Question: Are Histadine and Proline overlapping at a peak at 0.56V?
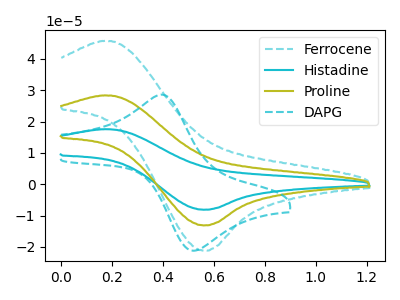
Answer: <think>The cyan dashed curve "Ferrocene" has an anodic peak at (0.15V, 45.80uA) and a cathodic peak at (0.55V, -21.20uA). The cyan curve "Histadine" has an anodic peak at (0.15V, 56.75uA) and a cathodic peak at (0.55V, -26.30uA). The olive curve "Proline" has an anodic peak at (0.15V, 28.40uA) and a cathodic peak at (0.55V, -13.15uA). The cyan dashed curve "DAPG" has an anodic peak at (0.40V, 28.60uA) and a cathodic peak at (0.55V, -21.10uA).</think>
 <answer>Yes, "Histadine" and "Proline" share a peak at 0.56V.</answer>
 <eval>match</eval>